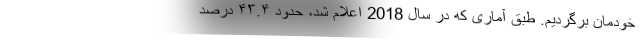
خودمان برگردیم. طبق آماری که در سال 2018 اعلام شد، حدود ۴۳.۴ درصد